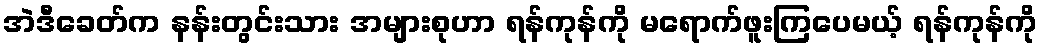
အဲဒီခေတ်က နန်းတွင်းသား အများစုဟာ ရန်ကုန်ကို မရောက်ဖူးကြပေမယ့် ရန်ကုန်ကို